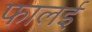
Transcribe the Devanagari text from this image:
फालई